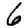
Digit: 6